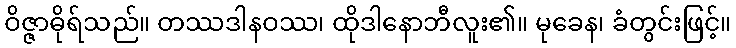
ဝိဇ္ဇာဓိုရ်သည်။ တဿဒါနဝဿ၊ ထိုဒါနောဘီလူး၏။ မုခေန၊ ခံတွင်းဖြင့်။